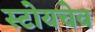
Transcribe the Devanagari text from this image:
स्टोयचेव